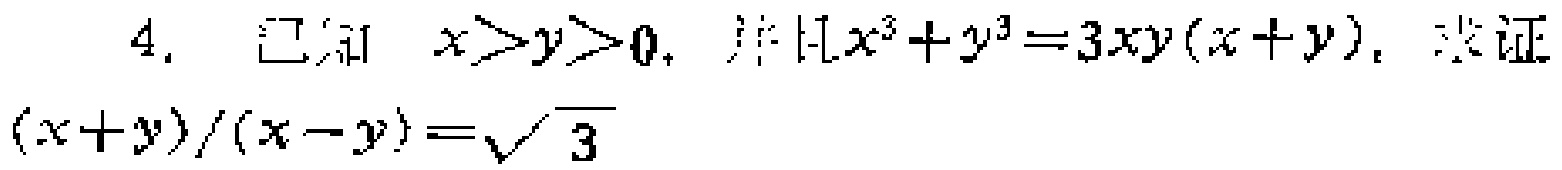
已知 \(x > y > 0\)，且\(x^{3}+y^{3}=3xy(x + y)\)，求证\(\frac{x + y}{x - y}=\sqrt{3}\)